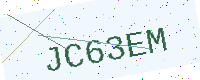
Text: JC63EM